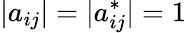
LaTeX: |a_{ij}|=|a_{ij}^{*}|=1